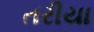
તરીયા